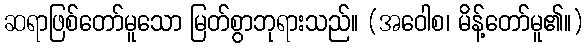
ဆရာဖြစ်တော်မူသော မြတ်စွာဘုရားသည်။ (အဝေါစ၊ မိန့်တော်မူ၏။)